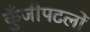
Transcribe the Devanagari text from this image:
कुँजीपटलों